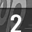
Digit: 2